Annual statistical returns and brief notes on vaccination in Bengal - 1909-1929
Year: 1909
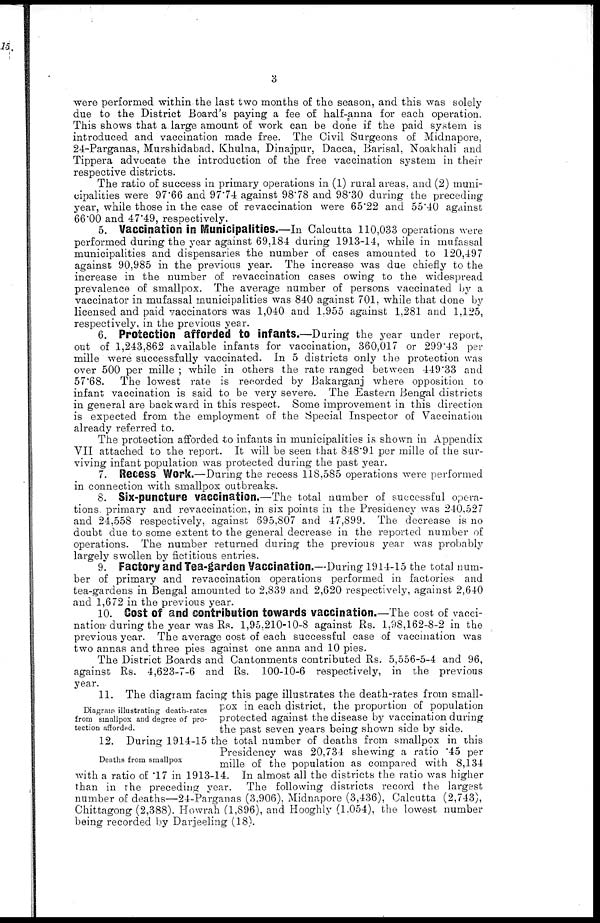
3
were performed within the last two months of the season, and this was solely
due to the District Board's paying a fee of half-anna for each operation.
This shows that a large amount of work can be done if the paid system is
introduced and vaccination made free. The Civil Surgeons of Midnapore,
24-Parganas, Murshidabad, Khulna, Dinajpur, Dacca, Barisal, Noakhali and
Tippera advocate the introduction of the free vaccination system in their
respective districts.
The ratio of success in primary operations in (1) rural areas, and (2) muni-
cipalities were 97.66 and 97.74 against 98.78 and 98.30 during the preceding
year, while those in the case of revaccination were 65.22 and 55.40 against
66.00 and 47.49, respectively.
5. Vaccination in Municipalities.—In Calcutta 110,033 operations were
performed during the year against 69,184 during 1913-14, while in mufassal
municipalities and dispensaries the number of cases amounted to 120,497
against 90,985 in the previous year. The increase was due chiefly to the
increase in the number of revaccination cases owing to the widespread
prevalence of smallpox. The average number of persons vaccinated by a
vaccinator in mufassal municipalities was 840 against 701, while that done by
licensed and paid vaccinators was 1,040 and 1.955 against 1,281 and 1,125,
respectively, in the previous year.
6. Protection afforded to infants.—During the year under report,
out of 1,243,862 available infants for vaccination, 360,017 or 299.43 per
mille were successfully vaccinated. In 5 districts only the protection was
over 500 per mille ; while in others the rate ranged between 449.33 and
57.68.
The lowest rate is recorded by Bakarganj where opposition to
infant vaccination is said to be very severe. The Eastern Bengal districts
in general are backward in this respect. Some improvement in this direction
is expected from the employment of the Special Inspector of Vaccination
already referred to.
The protection afforded to infants in municipalities is shown in Appendix
VII attached to the report. It will be seen that 848.91 per mille of the sur-
viving infant population was protected during the past year.
7. Recess Work.—During the recess 118,585 operations were performed
in connection with smallpox outbreaks.
8. Six-puncture vaccination.—The total number of successful opera-
tions primary and revaccination, in six points in the Presidency was 240,527
and 24,558 respectively, against 695,807 and 47,899. The decrease is no
doubt due to some extent to the general decrease in the reported number of
operations. The number returned during the previous year was probably
largely swollen by fictitious entries.
9. Factory and Tea-garden Vaccination.—During 1914-15 the total num-
ber of primary and revaccination operations performed in factories and
tea-gardens in Bengal amounted to 2,839 and 2,620 respectively, against 2,640
and 1,672 in the previous year.
10. Cost Of and contribution towards vaccination.—The cost of vacci-
nation during the year was Rs. 1,95,210-10-8 against Rs. 1,98,162-8-2 in the
previous year. The average cost of each successful case of vaccination was
two annas and three pies against one anna and 10 pies.
The District Boards and Cantonments contributed Rs. 5,556-5-4 and 96,
against Rs. 4,623-7-6 and Rs. 100-10-6 respectively, in the previous
year.
Diagram illustrating death-rates
from smallpox and degree of pro-
tection afforded.
11. The diagram facing this page illustrates the death-rates from small-
pox in each district, the proportion of population
protected against the disease by vaccination during
the past seven years being shown side by side.
Deaths from smallpox
12. During 1914-15 the total number of deaths from smallpox in this
Presidency was 20,734 shewing a ratio .45 per
mille of the population as compared with 8,134
with a ratio of .17 in 1913-14. In almost all the districts the ratio was higher
than in the preceding year. The following districts record the largest
number of deaths—24-Parganas (3,906), Midnapore (3,436), Calcutta (2,743),
Chittagong (2,388). Howrah (1,896), and Hooghly (1,054), the lowest number
being recorded by Darjeeling (18).